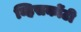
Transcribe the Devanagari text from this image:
व्हिसकोंटी